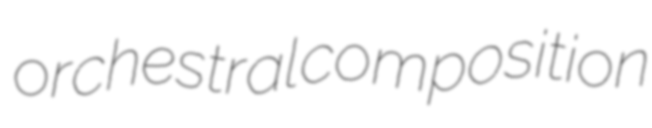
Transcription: orchestral composition